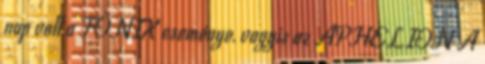
nap volt a FŐNIX eseménye, vagyis az APHELION A